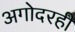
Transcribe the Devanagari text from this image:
अगोदरही